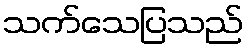
သက်သေပြသည်